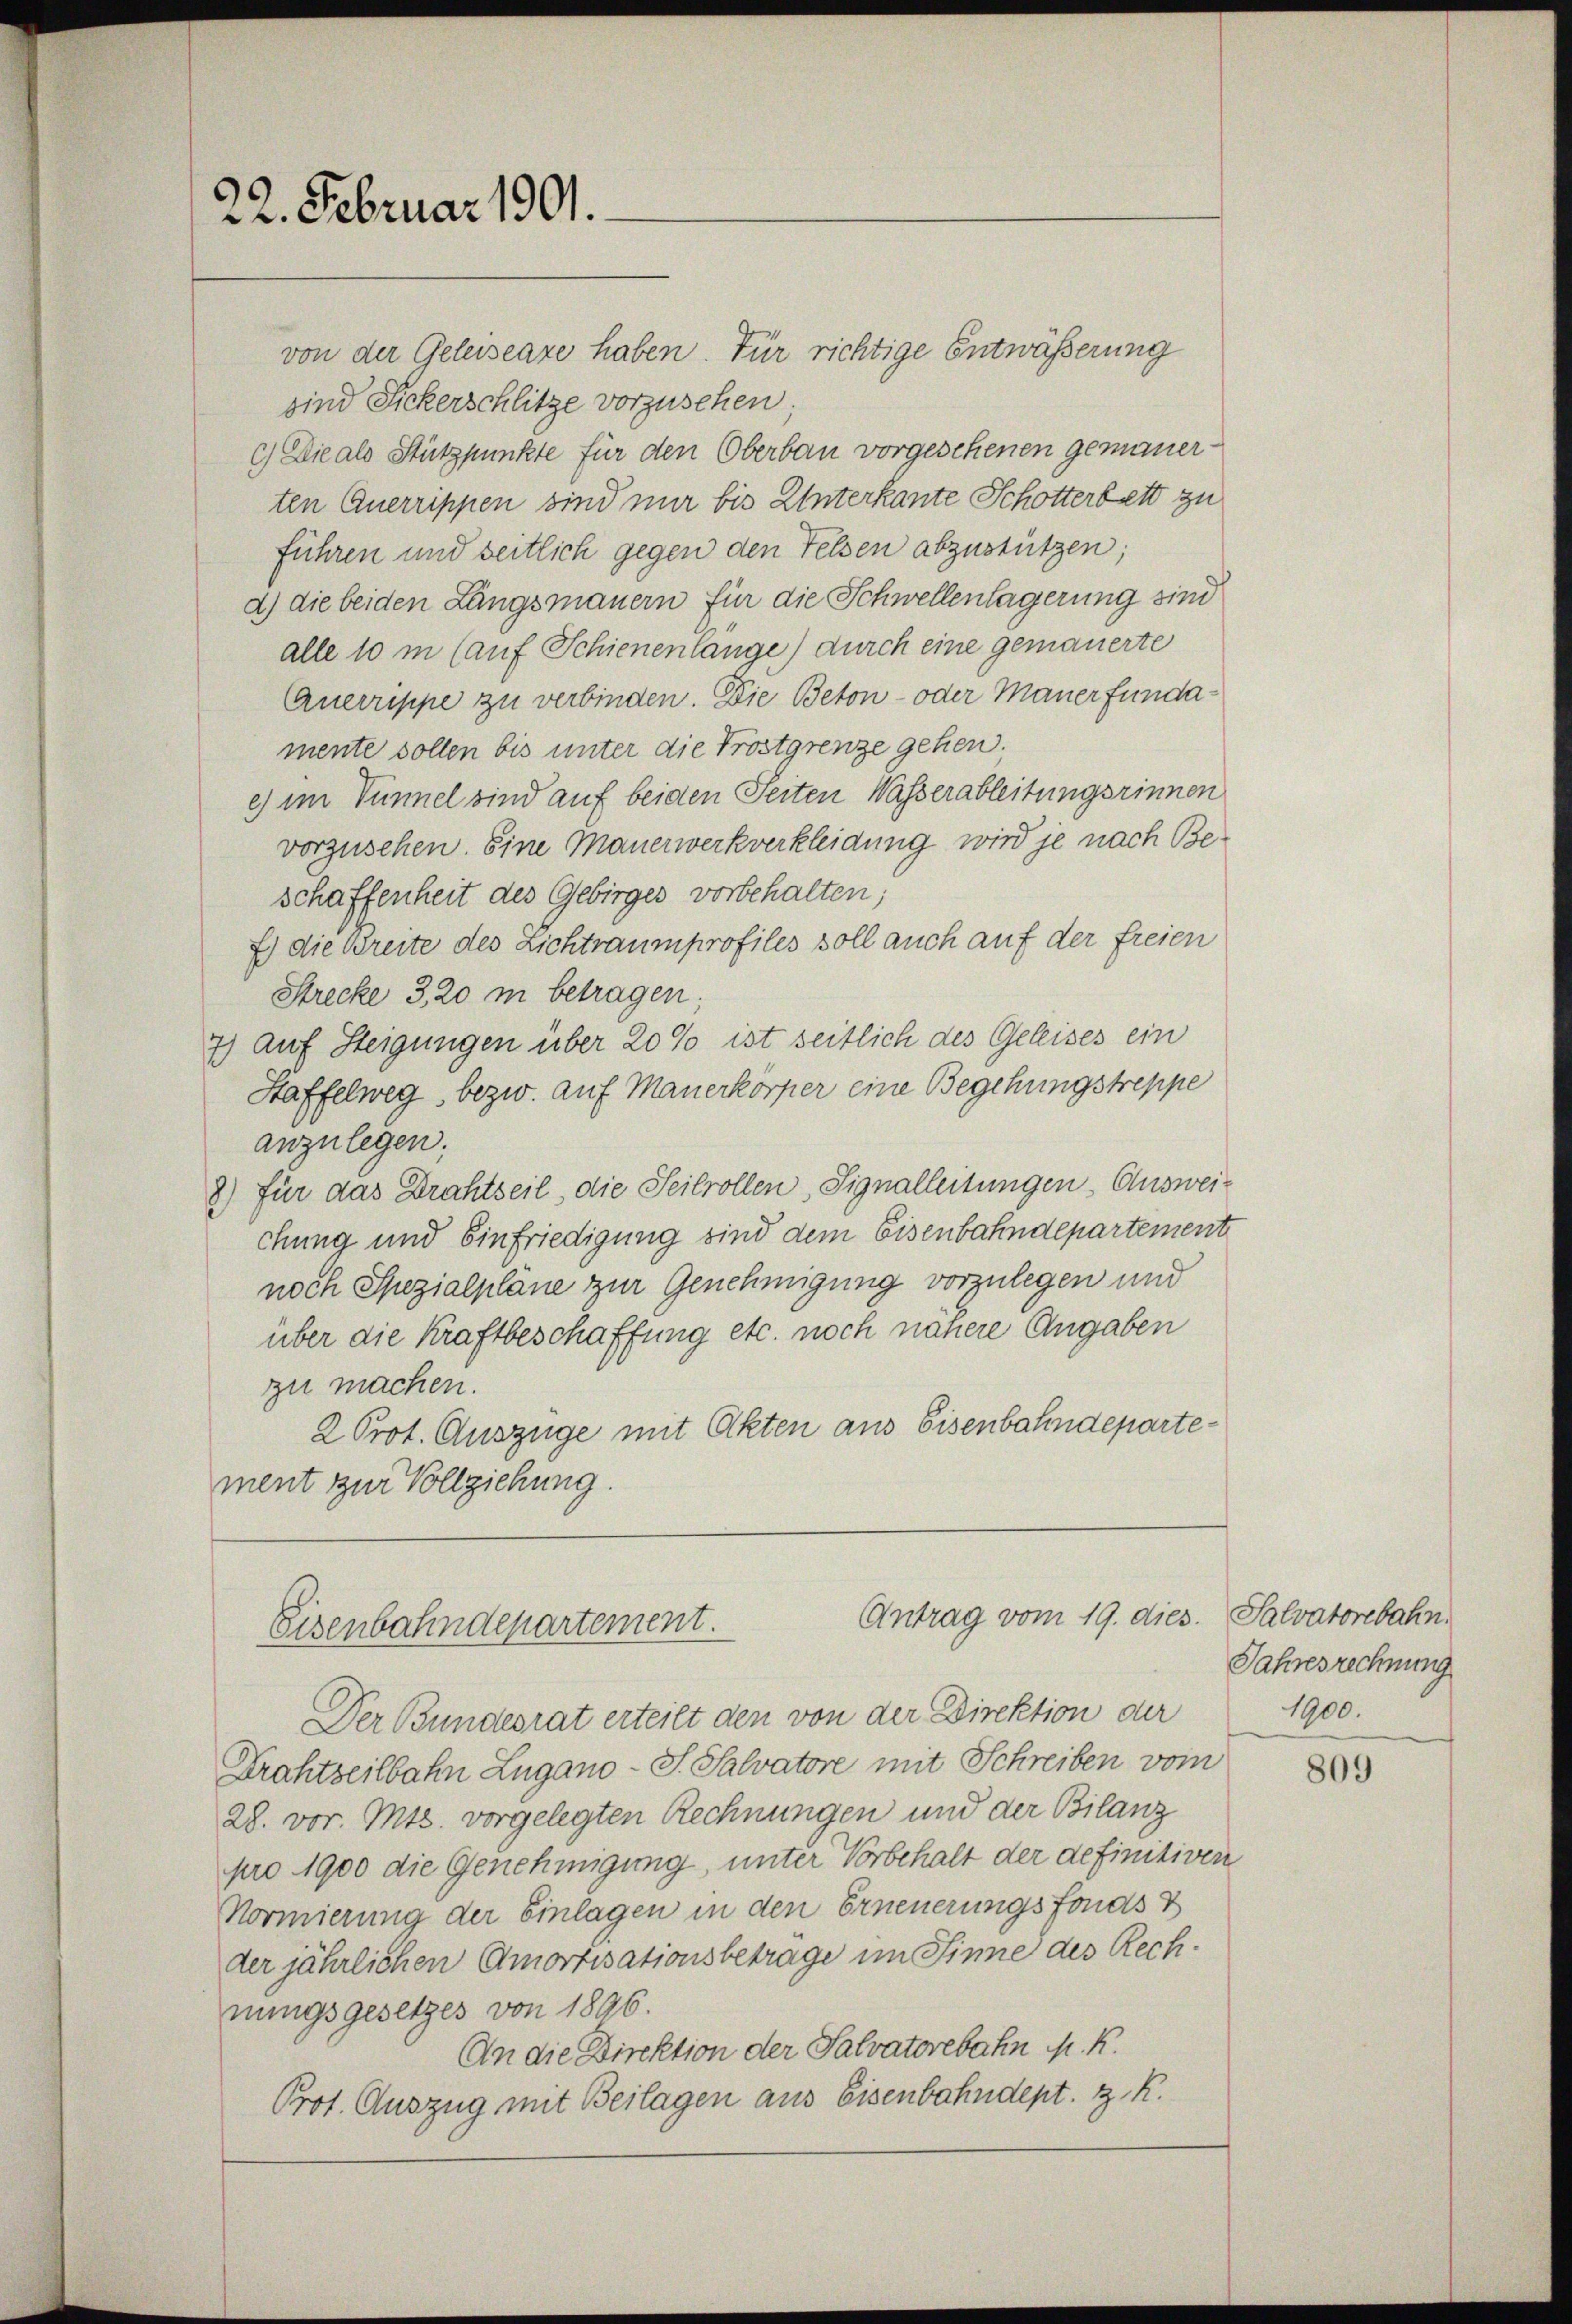
—
22. Februar 1901.

von der Geleiseaze haben. Für richtige Entwäßerung
sind Sickerschlitze vorzusehen
c) Die als Stützpunkte für den Oberbau vorgesehenen gemauerten Querrippen sind nur bis Unterkante Schotterbett zu
führen und seitlich gegen den Felsen abzustützen;
d) die beiden Langsmauern für die Schwellenlagerung sind
alle 10 m (auf Schienenlange) durch eine gemauerte
Querrippe zu verbinden. Die Beton- oder Mauer fundamente sollen bis unter die Trostgrenze gehen.
e) im Tunnel sind auf beiden Seiten Wasserableitungsrinnen
vorzusehen. Eine Mauerwerkverkleidung wird je nach Beschaffenheit des Gebirges vorbehalten;
E) die Breite des Lichtraumprofiles soll auch auf der freien
Strecke 3, 20 m betragen;
7) auf Steigungen über 20% ist seitlich des Geleises ein
Haffelweg, bezw. auf Mauerkörper eine Begehungstreppe
anzulegen.
8) für das Drahtseil, die Seilrollen, Signalleitungen. Ausweichung und Einfriedigung sind dem Eisenbahndepartement
noch Spezialpläne zur Genehmigung vorzulegen und
über die Kraftbeschaffung etc. noch nähere Angaben
zu machen.
2 Prot. Auszüge mit Akten aus Eisenbahndepartement zur Vollziehung.
Antrag vom 19. dies. Salvatorebahn.
Eisenbahndepartement.
Der Bundesrat erteilt den von der Direktion der
Drahtseilbahn Zugano - P. Salvatore mit Schreiben vom
28. vor. Mts. vorgelegten Rechnungen und der Bilanz
pro 1900 die Genehmigung, unter Vorbehalt der definitiven
Normierung der Einlagen in den Erneuerungsfonds
der jährlichen Amortisationsbetrage im Sinne des Rechnungsgesetzes von 1896.
An die Direktion der Salvatorebaten M. R.
Prot. Auszug mit Beilagen aus Eisenbahndept. z. K.

Jahresrechnung
1900.

809